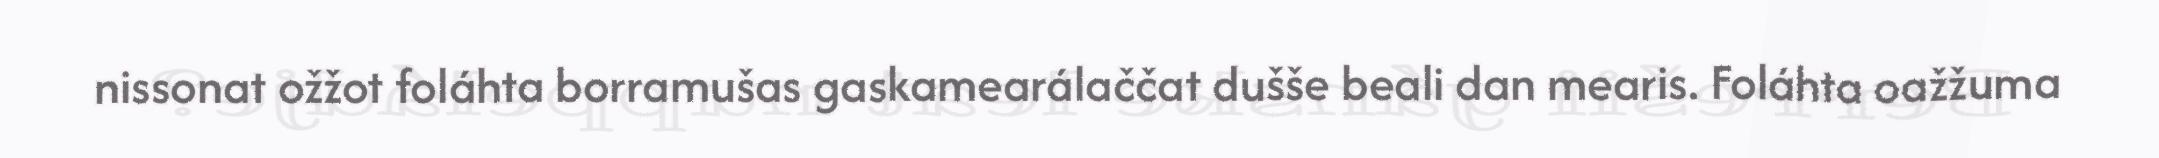
nissonat ožžot foláhta borramušas gaskamearálaččat dušše beali dan mearis. Foláhta oažžuma